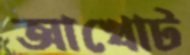
আখোট